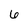
Character: 6